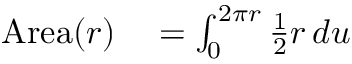
\begin{array} { r l } { \mathrm { A r e a } ( r ) } & { { } { } = \int _ { 0 } ^ { 2 \pi r } { \frac { 1 } { 2 } } r \, d u } \end{array}